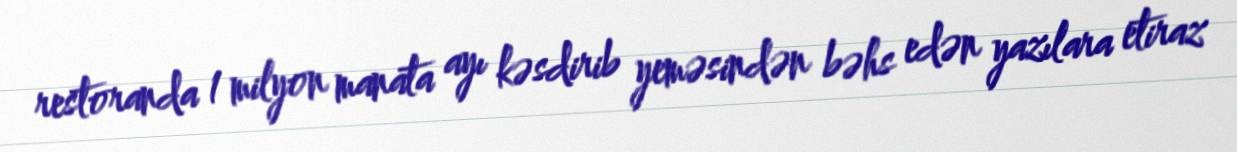
restoranda 1 milyon manata ayı kəsdirib yeməsindən bəhs edən yazılara etiraz